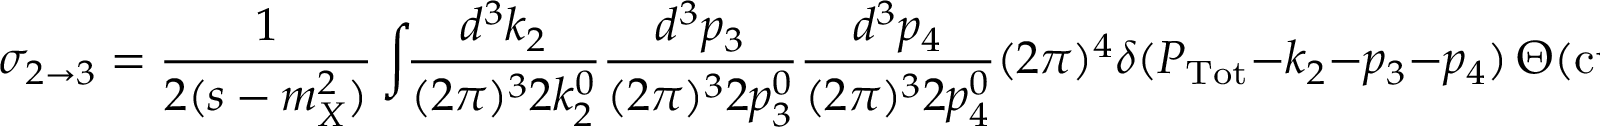
\sigma _ { 2 \rightarrow 3 } = \frac { 1 } { 2 ( s - m _ { X } ^ { 2 } ) } \int \! \! \frac { d ^ { 3 } k _ { 2 } } { ( 2 \pi ) ^ { 3 } 2 k _ { 2 } ^ { 0 } } \frac { d ^ { 3 } p _ { 3 } } { ( 2 \pi ) ^ { 3 } 2 p _ { 3 } ^ { 0 } } \frac { d ^ { 3 } p _ { 4 } } { ( 2 \pi ) ^ { 3 } 2 p _ { 4 } ^ { 0 } } ( 2 \pi ) ^ { 4 } \delta ( P _ { \mathrm { T o t } } - k _ { 2 } - p _ { 3 } - p _ { 4 } ) \, \Theta ( \mathrm { c u t s } ) \, | { \cal M } _ { 2 \rightarrow 3 } | ^ { 2 }